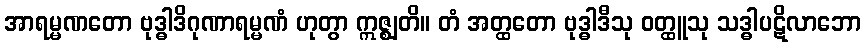
အာရမ္မဏတော ဗုဒ္ဓါဒိဂုဏာရမ္မဏံ ဟုတွာ ဣဇ္ဈတိ။ တံ အတ္ထတော ဗုဒ္ဓါဒီသု ဝတ္ထူသု သဒ္ဓါပဋိလာဘော